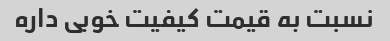
نسبت به قیمت کیفیت خوبی داره